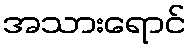
အသားရောင်